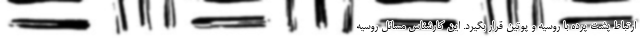
ارتباط پشت پرده با روسیه و پوتین قرار بگیرد. این کارشناس مسائل روسیه